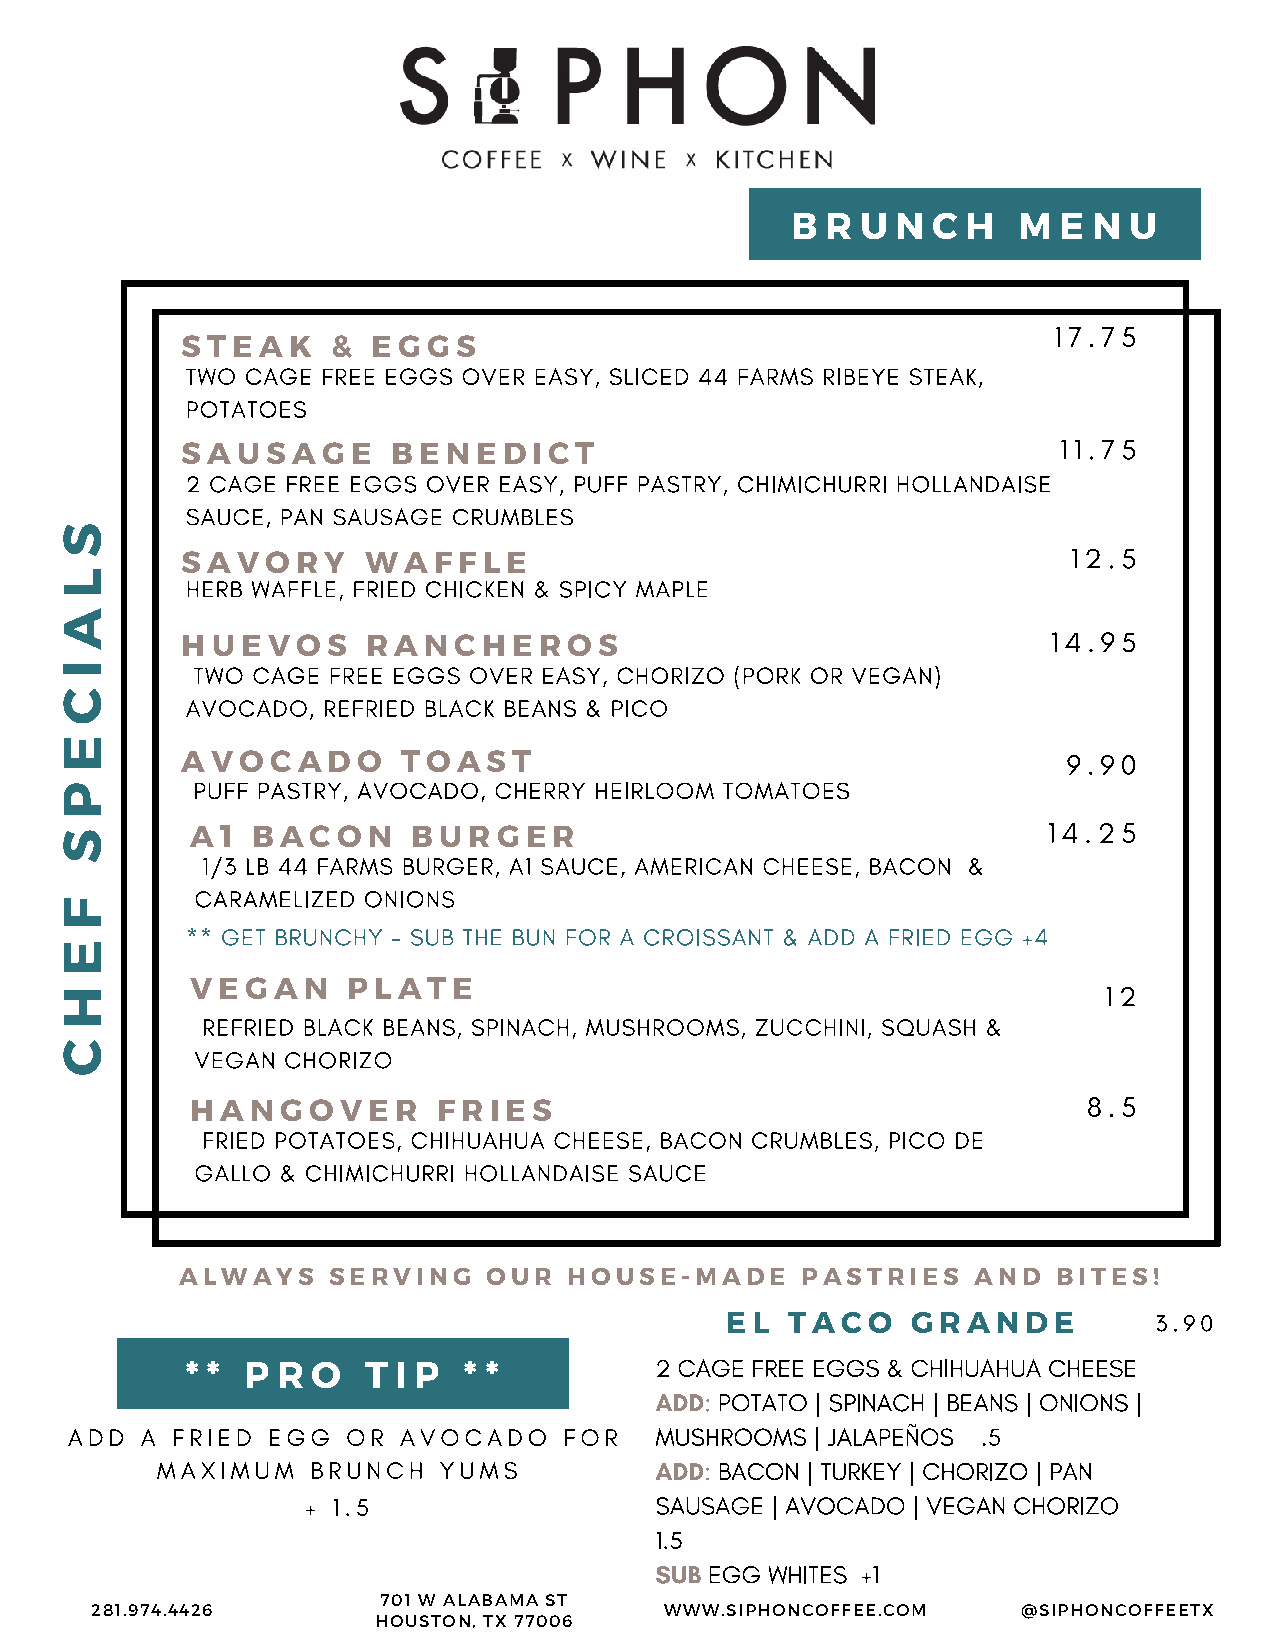
B  R U N  C H  M  E N  U
 STEAK     &  EGGS
 SAUSAGE       BENEDICT
 SAVORY      WAFFLE
 HUEVOS      RANCHEROS
 AVOCADO        TOAST
 A1  BACON     BURGER
 VEGAN     PLATE
 HANGOVER        FRIES
 ALWAYS    SERVING   OUR   HOUSE-MADE     PASTRIES    AND  BITES!
 EL  TACO    GRANDE
 * * P R  O  T I P  * *
 701 W ALABAMA ST
 281.974.4426                          WWW.SIPHONCOFFEE.COM    @SIPHONCOFFEETX
 HOUSTON, TX 77006
 S
 L
 A
 I
 C
 E
 P
 S
 F
 E
 H
 C